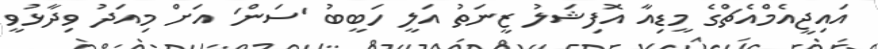
އައިޖީއެމްއެޗްގެ މީޑިއާ އޮފިޝަލު ޒީނަތު އަލީ ހަބީބު 'ސަން' އަށް މިއަދު ވިދާޅުވީ